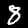
Digit: 8